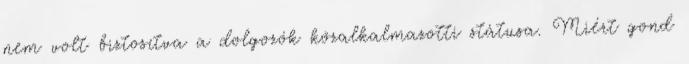
nem volt biztosítva a dolgozók közalkalmazotti státusa. Miért gond